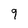
Character: 9